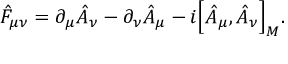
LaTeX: \hat { F } _ { \mu \nu } = \partial _ { \mu } \hat { A } _ { \nu } - \partial _ { \nu } \hat { A } _ { \mu } - i \Big [ \hat { A } _ { \mu } , \hat { A } _ { \nu } \Big ] _ { M } .